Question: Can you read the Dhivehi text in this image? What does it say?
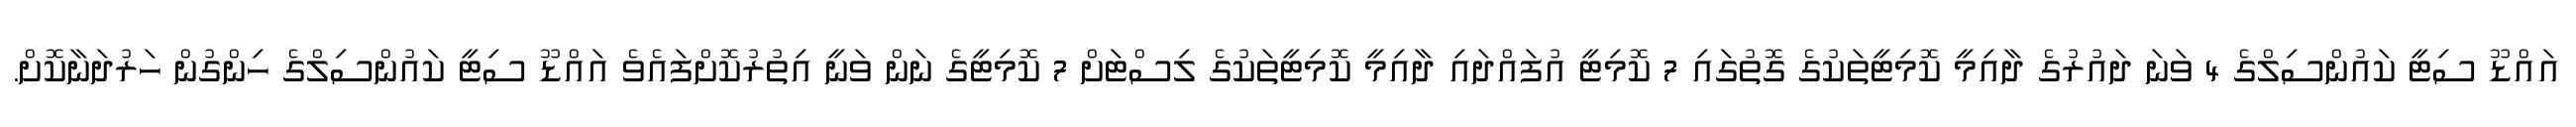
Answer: އައްޑޫ ސިޓީ ކައުންސިލްގެ 4 ވަނަ ދައުރުގެ ދާއިމީ ކޮމިޓީތަކުގެ ގޮތުގައި 7 ކޮމިޓީ އުފައްދައި ދާއިމީ ކޮމިޓީތަކުގެ ލިސްޓަށް 7 ކޮމިޓީގެ ނަން ވަނީ އިތުރުކޮށްފައެވެ އައްޑޫ ސިޓީ ކައުންސިލްގެ ހިންގުން ހަރުދަނާކޮށް.